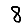
Digit: 8